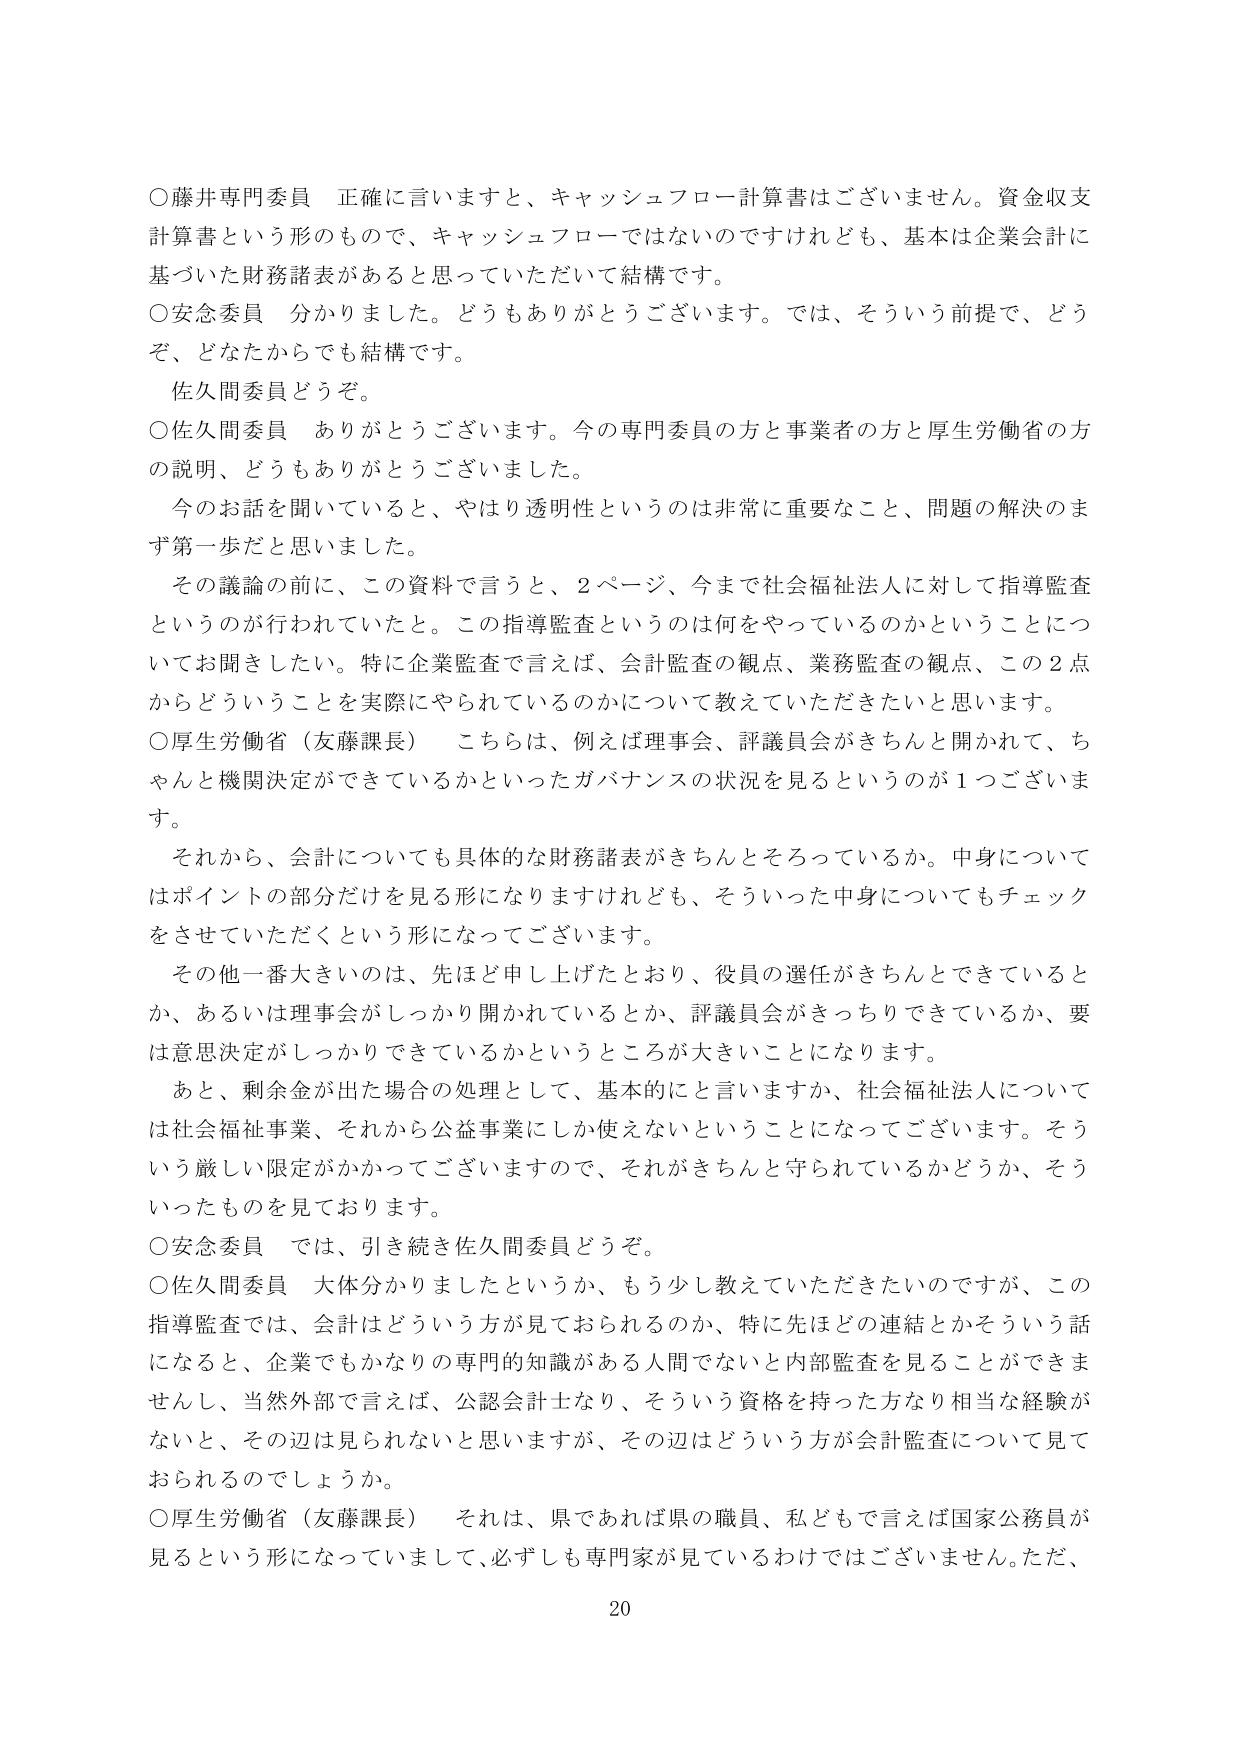
○藤井専門委員 正確に言いますと、キャッシュフロー計算書はございません。資金収支計算書という形のもので、キャッシュフローではないのですけれども、基本は企業会計に基づいた財務諸表があると思っていただいて結構です。

○安念委員 分かりました。どうもありがとうございます。では、そういう前提で、どうぞ、どなたからでも結構です。

佐久間委員どうぞ。

○佐久間委員 ありがとうございます。今の専門委員の方と事業者の方と厚生労働省の方の説明、どうもありがとうございました。

今のお話を聞いていると、やはり透明性というのは非常に重要なこと、問題の解決のまず第一歩だと思いました。

その議論の前に、この資料で言うと、2ページ、今まで社会福祉法人に対して指導監査というのが行われていたと。この指導監査というのは何をやっているのかということについてお聞きしたい。特に企業監査で言えば、会計監査の観点、業務監査の観点、この2点からどういうことを実際にやられているのかについて教えていただきたいと思います。

○厚生労働省（友藤課長） こちらは、例えば理事会、評議員会がきちんと開かれて、ちゃんと機関決定ができているかといったガバナンスの状況を見るというのが1つございます。

それから、会計についても具体的な財務諸表がきちんとそろっているか。中身についてはポイントの部分だけを見る形になりますけれども、そういった中身についてもチェックをさせていただくという形になってございます。

その他一番大きいのは、先ほど申し上げたとおり、役員の選任がきちんとできているとか、あるいは理事会がしっかり開かれているとか、評議員会がきっちりできているか、要は意思決定がしっかりできているかというところが大きいことになります。

あと、剰余金が出た場合の処理として、基本的にと言いますか、社会福祉法人については社会福祉事業、それから公益事業にしか使えないということになってございます。そういう厳しい限定がかかってございますので、それがきちんと守られているかどうか、そういったものを見ております。

○安念委員 では、引き続き佐久間委員どうぞ。

○佐久間委員 大体分かりましたというか、もう少し教えていただきたいのですが、この指導監査では、会計はどういう方が見ておられるのか、特に先ほどの連結とかそういう話になると、企業でもかなりの専門的知識がある人間でないと内部監査を見ることができませんし、当然外部で言えば、公認会計士なり、そういう資格を持った方なり相当な経験がないと、その辺は見られないと思いますが、その辺はどういう方が会計監査について見ておられるのでしょうか。

○厚生労働省（友藤課長） それは、県であれば県の職員、私どもで言えば国家公務員が見るという形になっていまして、必ずしも専門家が見ているわけではございません。ただ、
20